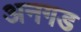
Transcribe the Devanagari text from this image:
अनगड